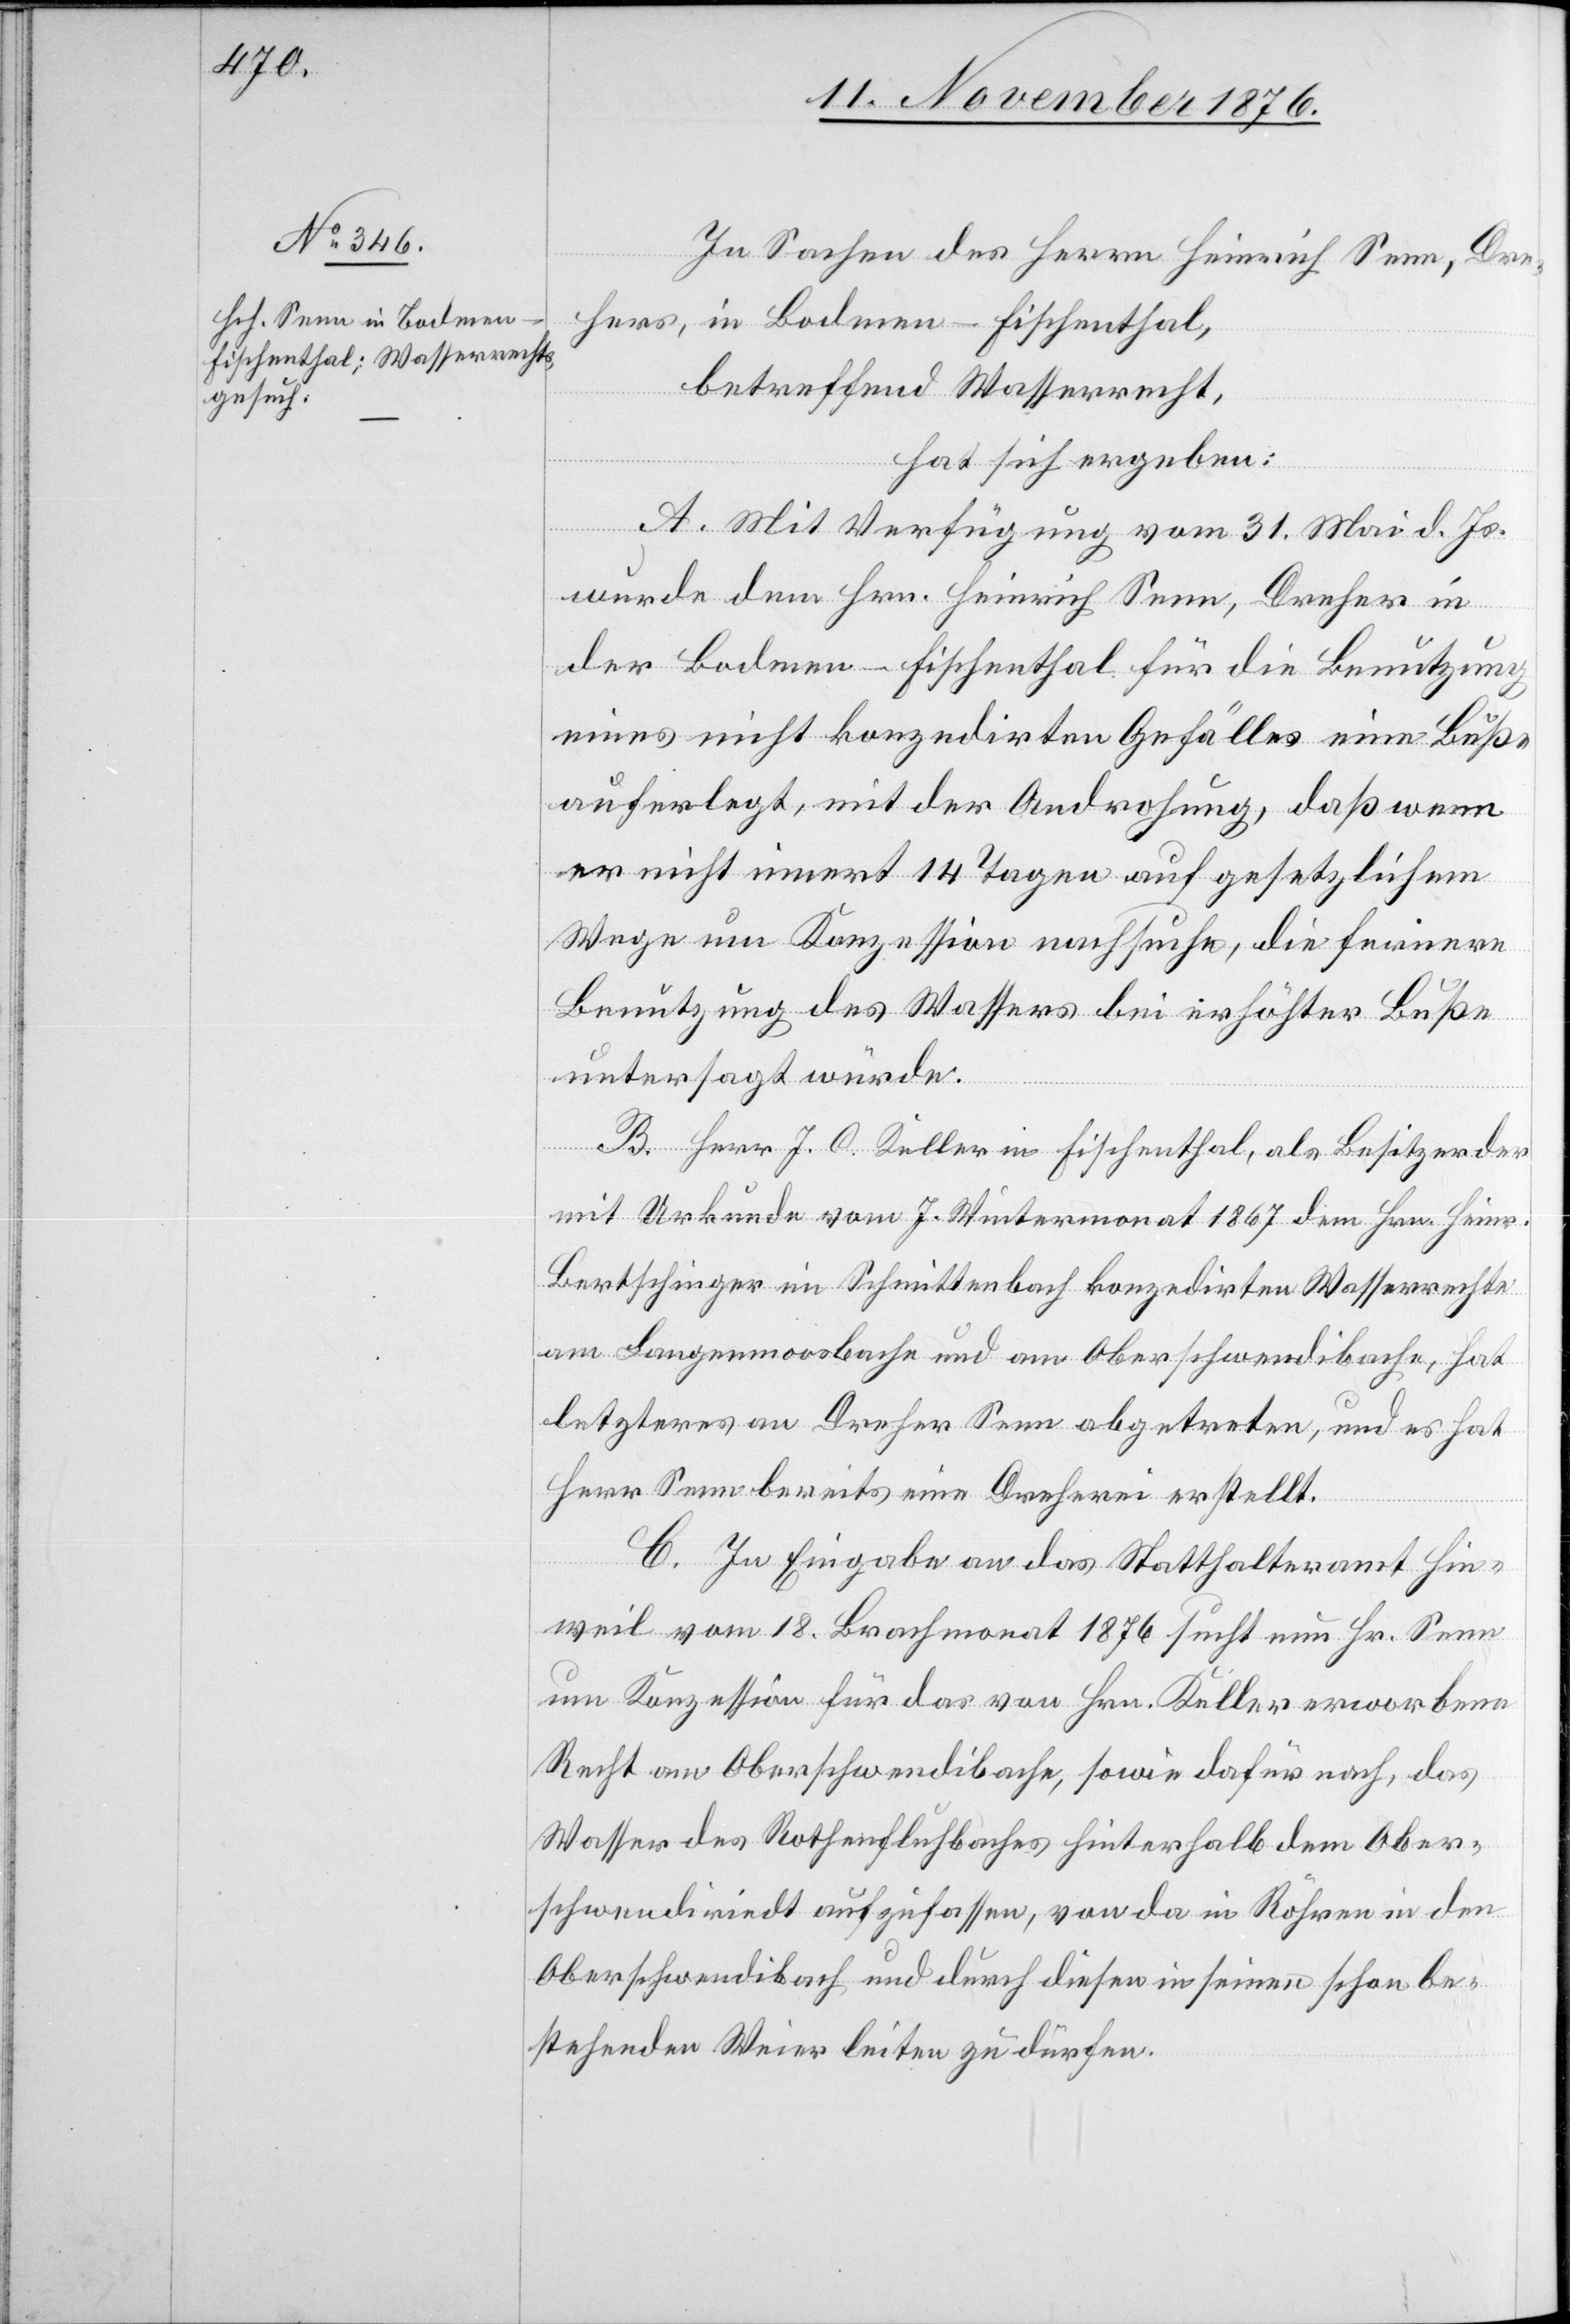
In Sachen des Herrn Heinrich Senn, Dre¬
hers, in Bodmen - Fischenthal,
betreffend Wasserrecht,
hat sich ergeben:
A. Mit Verfügung vom 31. Mai d. Js.
wurde dem Hrn. Heinrich Senn, Dreher in
der Bodmen - Fischenthal für die Benutzung
eines nicht konzedirten Gefälles eine Buße
auferlegt, mit der Androhung, daß wenn
er nicht innert 14 Tagen auf gesetzlichem
Wege um Konzession nachsuche, die fernere
Benutzung des Wassers bei erhöhter Buße
untersagt würde.
B. Herr J. C. Keller in Fischenthal, als Besitzer der
mit Urkunde vom 7. Wintermonat 1867 dem Hrn. Heinr.
Bertschinger im Schmittenbach konzedirten Wasserrechte
am Langenmoosbache und am Oberschwendibache, hat
letzteres an Dreher Senn abgetreten, und es hat
Herr Senn bereits eine Dreherei erstellt.
C. In Eingabe an das Statthalteramt Hin¬
weil vom 18. Brachmonat 1876 sucht nun Hr. Senn
um Konzession für das von Hrn. Keller erworbene
Recht am Oberschwendibache, sowie dafür nach, das
Wasser des Rothenfluhbaches hinterhalb dem Ob¬
erschwendibach und durch diesen in seinen schon be¬
stehenden Weier leiten zu dürfen.